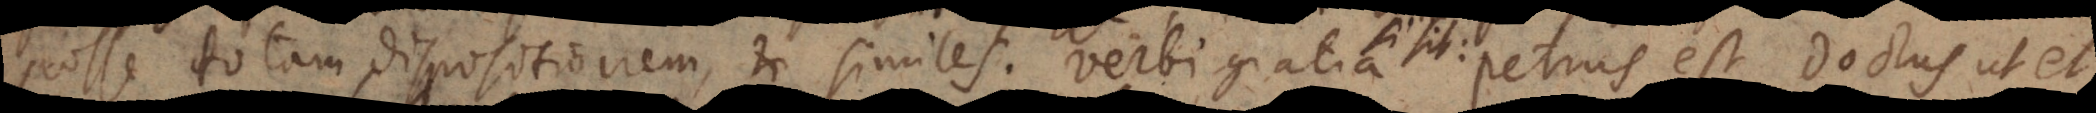
posse totam dispositionem, et similes. Verbi gratia: Petrus est doctus ut et